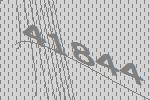
41844